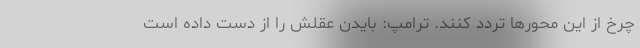
چرخ از این محورها تردد کنند. ترامپ: بایدن عقلش را از دست داده است